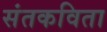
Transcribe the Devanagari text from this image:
संतकविता